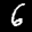
Label: 6